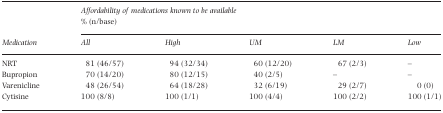
<table><thead><tr><td></td><td colspan="5"><b>Affordability of medications known to be available % (n/base)</b></td></tr><tr><td><b>Medication</b></td><td><b>All</b></td><td><b>High</b></td><td><b>UM</b></td><td><b>LM</b></td><td><b>Low</b></td></tr></thead><tbody><tr><td>NRT</td><td>81 (46/57)</td><td>94 (32/34)</td><td>60 (12/20)</td><td>67 (2/3)</td><td>–</td></tr><tr><td>Bupropion</td><td>70 (14/20)</td><td>80 (12/15)</td><td>40 (2/5)</td><td>–</td><td>–</td></tr><tr><td>Varenicline</td><td>48 (26/54)</td><td>64 (18/28)</td><td>32 (6/19)</td><td>29 (2/7)</td><td>0 (0)</td></tr><tr><td>Cytisine</td><td>100 (8/8)</td><td>100 (1/1)</td><td>100 (4/4)</td><td>100 (2/2)</td><td>100 (1/1)</td></tr></tbody></table>